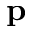
\mathbf { p }